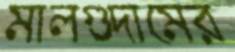
মালগুদামের